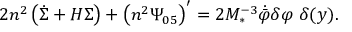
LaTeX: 2 n ^ { 2 } \left( \dot { \Sigma } + H \Sigma \right) + \left( n ^ { 2 } \Psi _ { 0 5 } \right) ^ { \prime } = 2 M _ { * } ^ { - 3 } \dot { \bar { \varphi } } \delta \varphi \ \delta ( y ) .